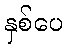
နှစ်ပေ